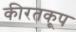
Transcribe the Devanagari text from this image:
कीरतकूप